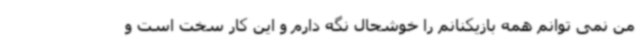
من نمی توانم همه بازیکنانم را خوشحال نگه دارم و این کار سخت است و